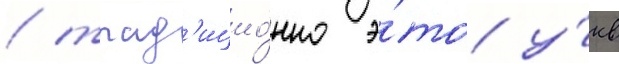
/ трад'ицио́нно э́то у́кв